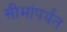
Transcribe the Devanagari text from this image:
सीमांपर्यंत